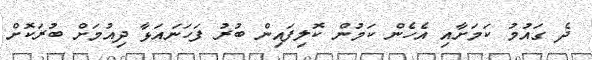
ދެ ގައުމު ކަމަށާއި އެހެން ކަމުން ކޮލިފައިން ބުރު ފަހަނައަޅާ ދިއުމަށް ބުރަކޮށް